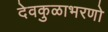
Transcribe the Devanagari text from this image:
देवकुळाभरणो